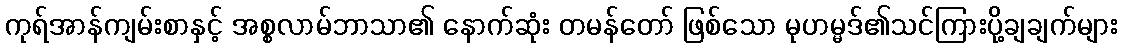
ကုရ်အာန်ကျမ်းစာနှင့် အစ္စလာမ်ဘာသာ၏ နောက်ဆုံး တမန်တော် ဖြစ်သော မုဟမ္မဒ်၏သင်ကြားပို့ချချက်များ